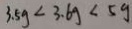
3 . 5 g < 3 . 6 g < 5 g